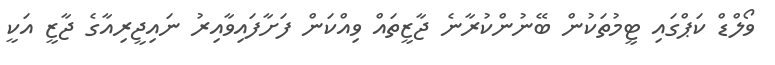
ވޯލްޑް ކަޕްގައި ޓީމުތަކުން ބޭނުންކުރާނެ ޖާޒީތައް ވިއްކަން ފަށާފައިވާއިރު ނައިޖީރިއާގެ ޖާޒީ އަކީ